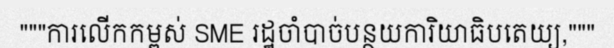
"""ការលើកកម្ពស់ SME រដ្ឋចាំបាច់បន្ថយការិយាធិបតេយ្យ,"""